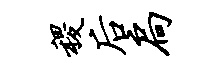
稷後扃